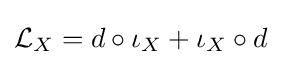
{\mathcal {L}}_{X}=d\circ \iota _{X}+\iota _{X}\circ d